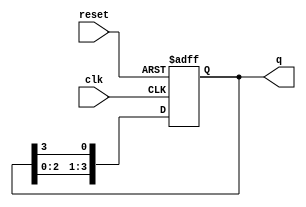
module ring_counter (
    input wire clk,        // Clock input
    input wire reset,      // Reset input
    output reg [N-1:0] q   // Output state of the counter
);
    parameter N = 4;       // Number of flip-flops (states)

    // Initial state
    initial begin
        q = 1'b1;          // Start with the first flip-flop set to '1'
    end

    // Sequential logic for the ring counter
    always @(posedge clk or posedge reset) begin
        if (reset) begin
            q <= 1'b1;      // Reset to initial state (0001)
        end else begin
            q <= {q[N-2:0], q[N-1]}; // Shift left and wrap around
        end
    end
endmodule